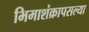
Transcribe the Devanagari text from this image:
भिमाशंक्रापसल्या